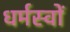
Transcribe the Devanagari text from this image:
धर्मस्वों